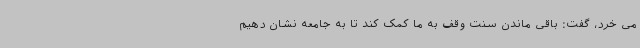
می خرد، گفت: باقی ماندن سنت وقف به ما کمک کند تا به جامعه نشان دهیم